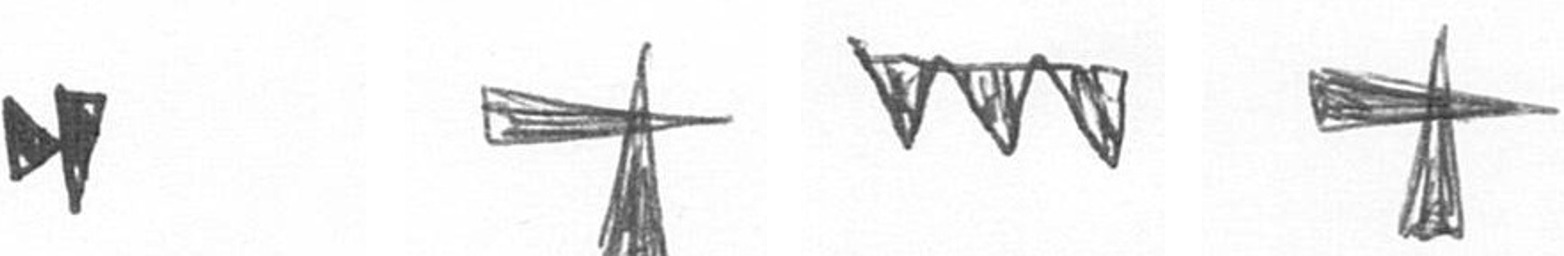
M G L G